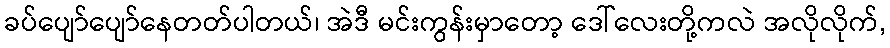
ခပ်ပျော်ပျော်နေတတ်ပါတယ်၊ အဲဒီ မင်းကွန်းမှာတော့ ဒေါ်လေးတို့ကလဲ အလိုလိုက်,